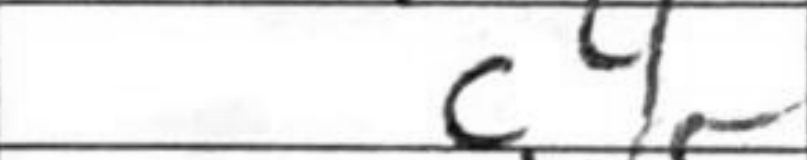
Transcription: c4